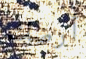
أرضك